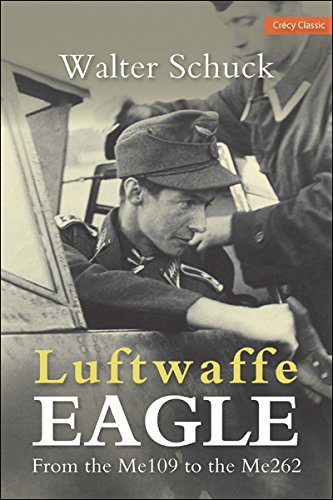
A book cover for Luftwaffe Eagle: From the Me109 to the Me262; Walter Schuck; History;